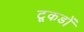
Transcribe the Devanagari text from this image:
टूकडों